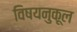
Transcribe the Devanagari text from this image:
विषयनुकूल